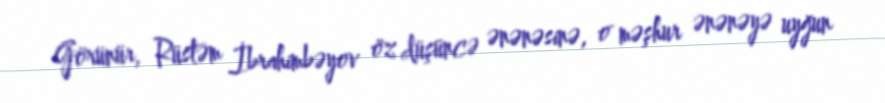
Görünür, Rüstəm İbrahimbəyov öz düşüncə ənənəsinə, o məşhur ənənəyə uyğun